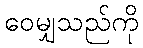
ဝေမျှသည်ကို